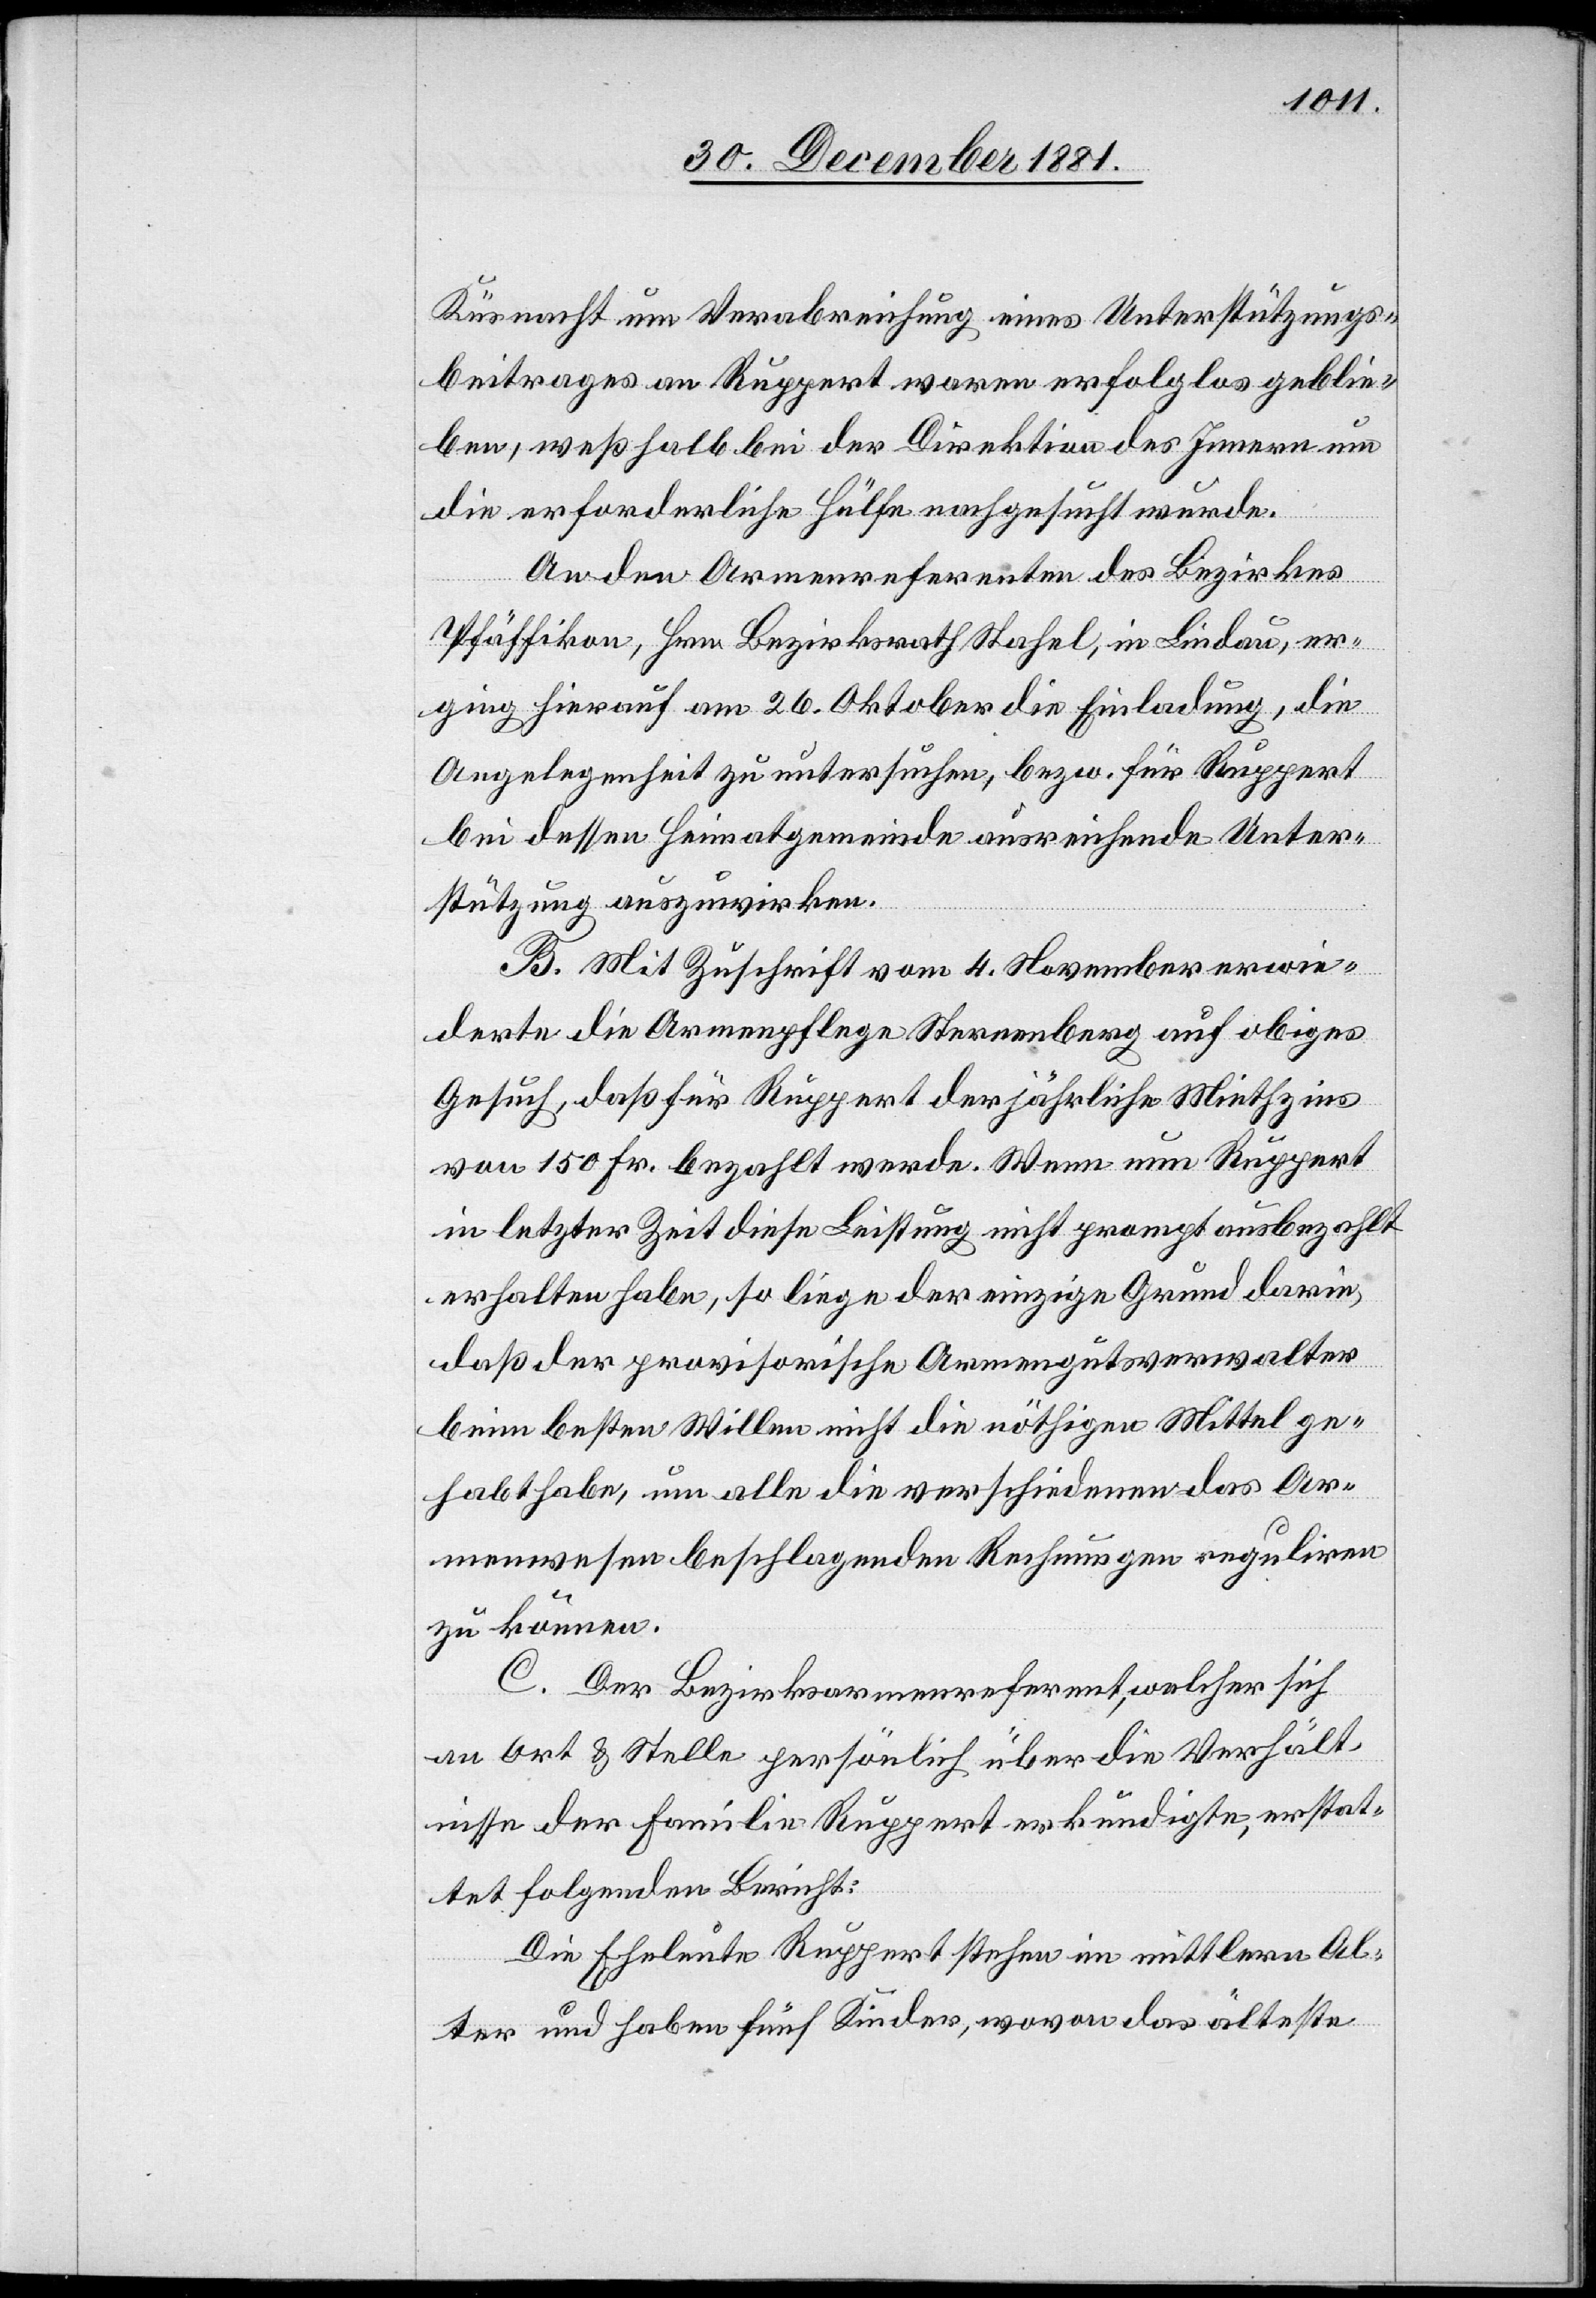
Küsnacht um Verabreichung eines Unterstützungs¬
beitrages an Ruppert waren erfolglos geblie¬
ben, weßhalb bei der Direktion des Innern um
die erforderliche Hülfe nachgesucht wurde.
An den Armenreferenten des Bezirkes
Pfäffikon, Hrn. Bezirksrath Stahel, in Lindau, er¬
ging hierauf am 26. Oktober die Einladung, die
Angelegenheit zu untersuchen, bezw. für Ruppert
bei dessen Heimatgemeinde ausreichende Unter¬
stützung auszuwirken.
B. Mit Zuschrift vom 4. November erwie¬
derte die Armenpflege Sternenberg auf obiges
Gesuch, daß für Ruppert der jährliche Miethzins
von 150 Fr. bezahlt werde. Wenn nun Ruppert
in letzter Zeit diese Leistung nicht prompt ausbezahlt
erhalten habe, so liege der einzige Grund darin,
daß der provisorische Armengutsverwalter
beim besten Willen nicht die nöthigen Mittel ge¬
habt habe, um alle die verschiedenen das Ar¬
menwesen beschlagenden Rechnungen reguliren
zu können.
C. Der Bezirksarmenreferent, welcher sich
an Ort & Stelle persönlich über die Verhält¬
nisse der Familie Ruppert erkundigte, erstat¬
tet folgenden Bericht:
Die Eheleute Ruppert stehen im mittleren Al¬
ter und haben fünf Kinder, wovon das älteste